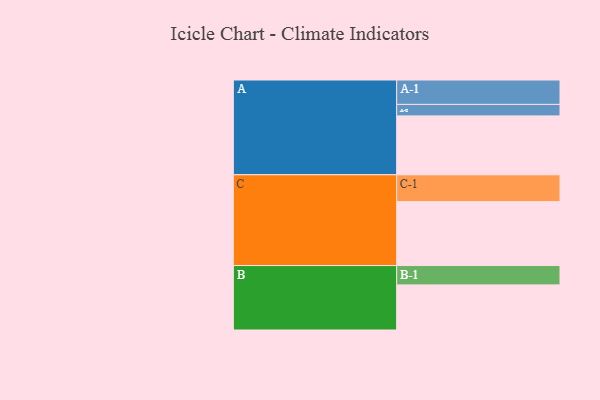
{"axis": {"x": "Segment", "y": "Value"}, "legend": ["", "A", "B", "C"], "data": [{"x": "A", "y": 466, "type": ""}, {"x": "B", "y": 357, "type": ""}, {"x": "C", "y": 506, "type": ""}, {"x": "A-1", "y": 193, "type": "A"}, {"x": "A-2", "y": 91, "type": "A"}, {"x": "B-1", "y": 153, "type": "B"}, {"x": "C-1", "y": 212, "type": "C"}]}